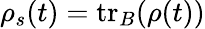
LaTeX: \rho_{s}(t)=\mathrm{tr}_{B}(\rho(t))